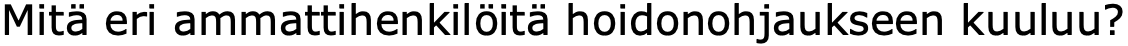
Mitä eri ammattihenkilöitä hoidonohjaukseen kuuluu?